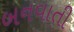
બનવાતી